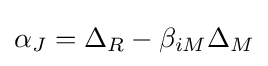
\alpha _{J}=\Delta _{R}-\beta _{iM}\Delta _{M}